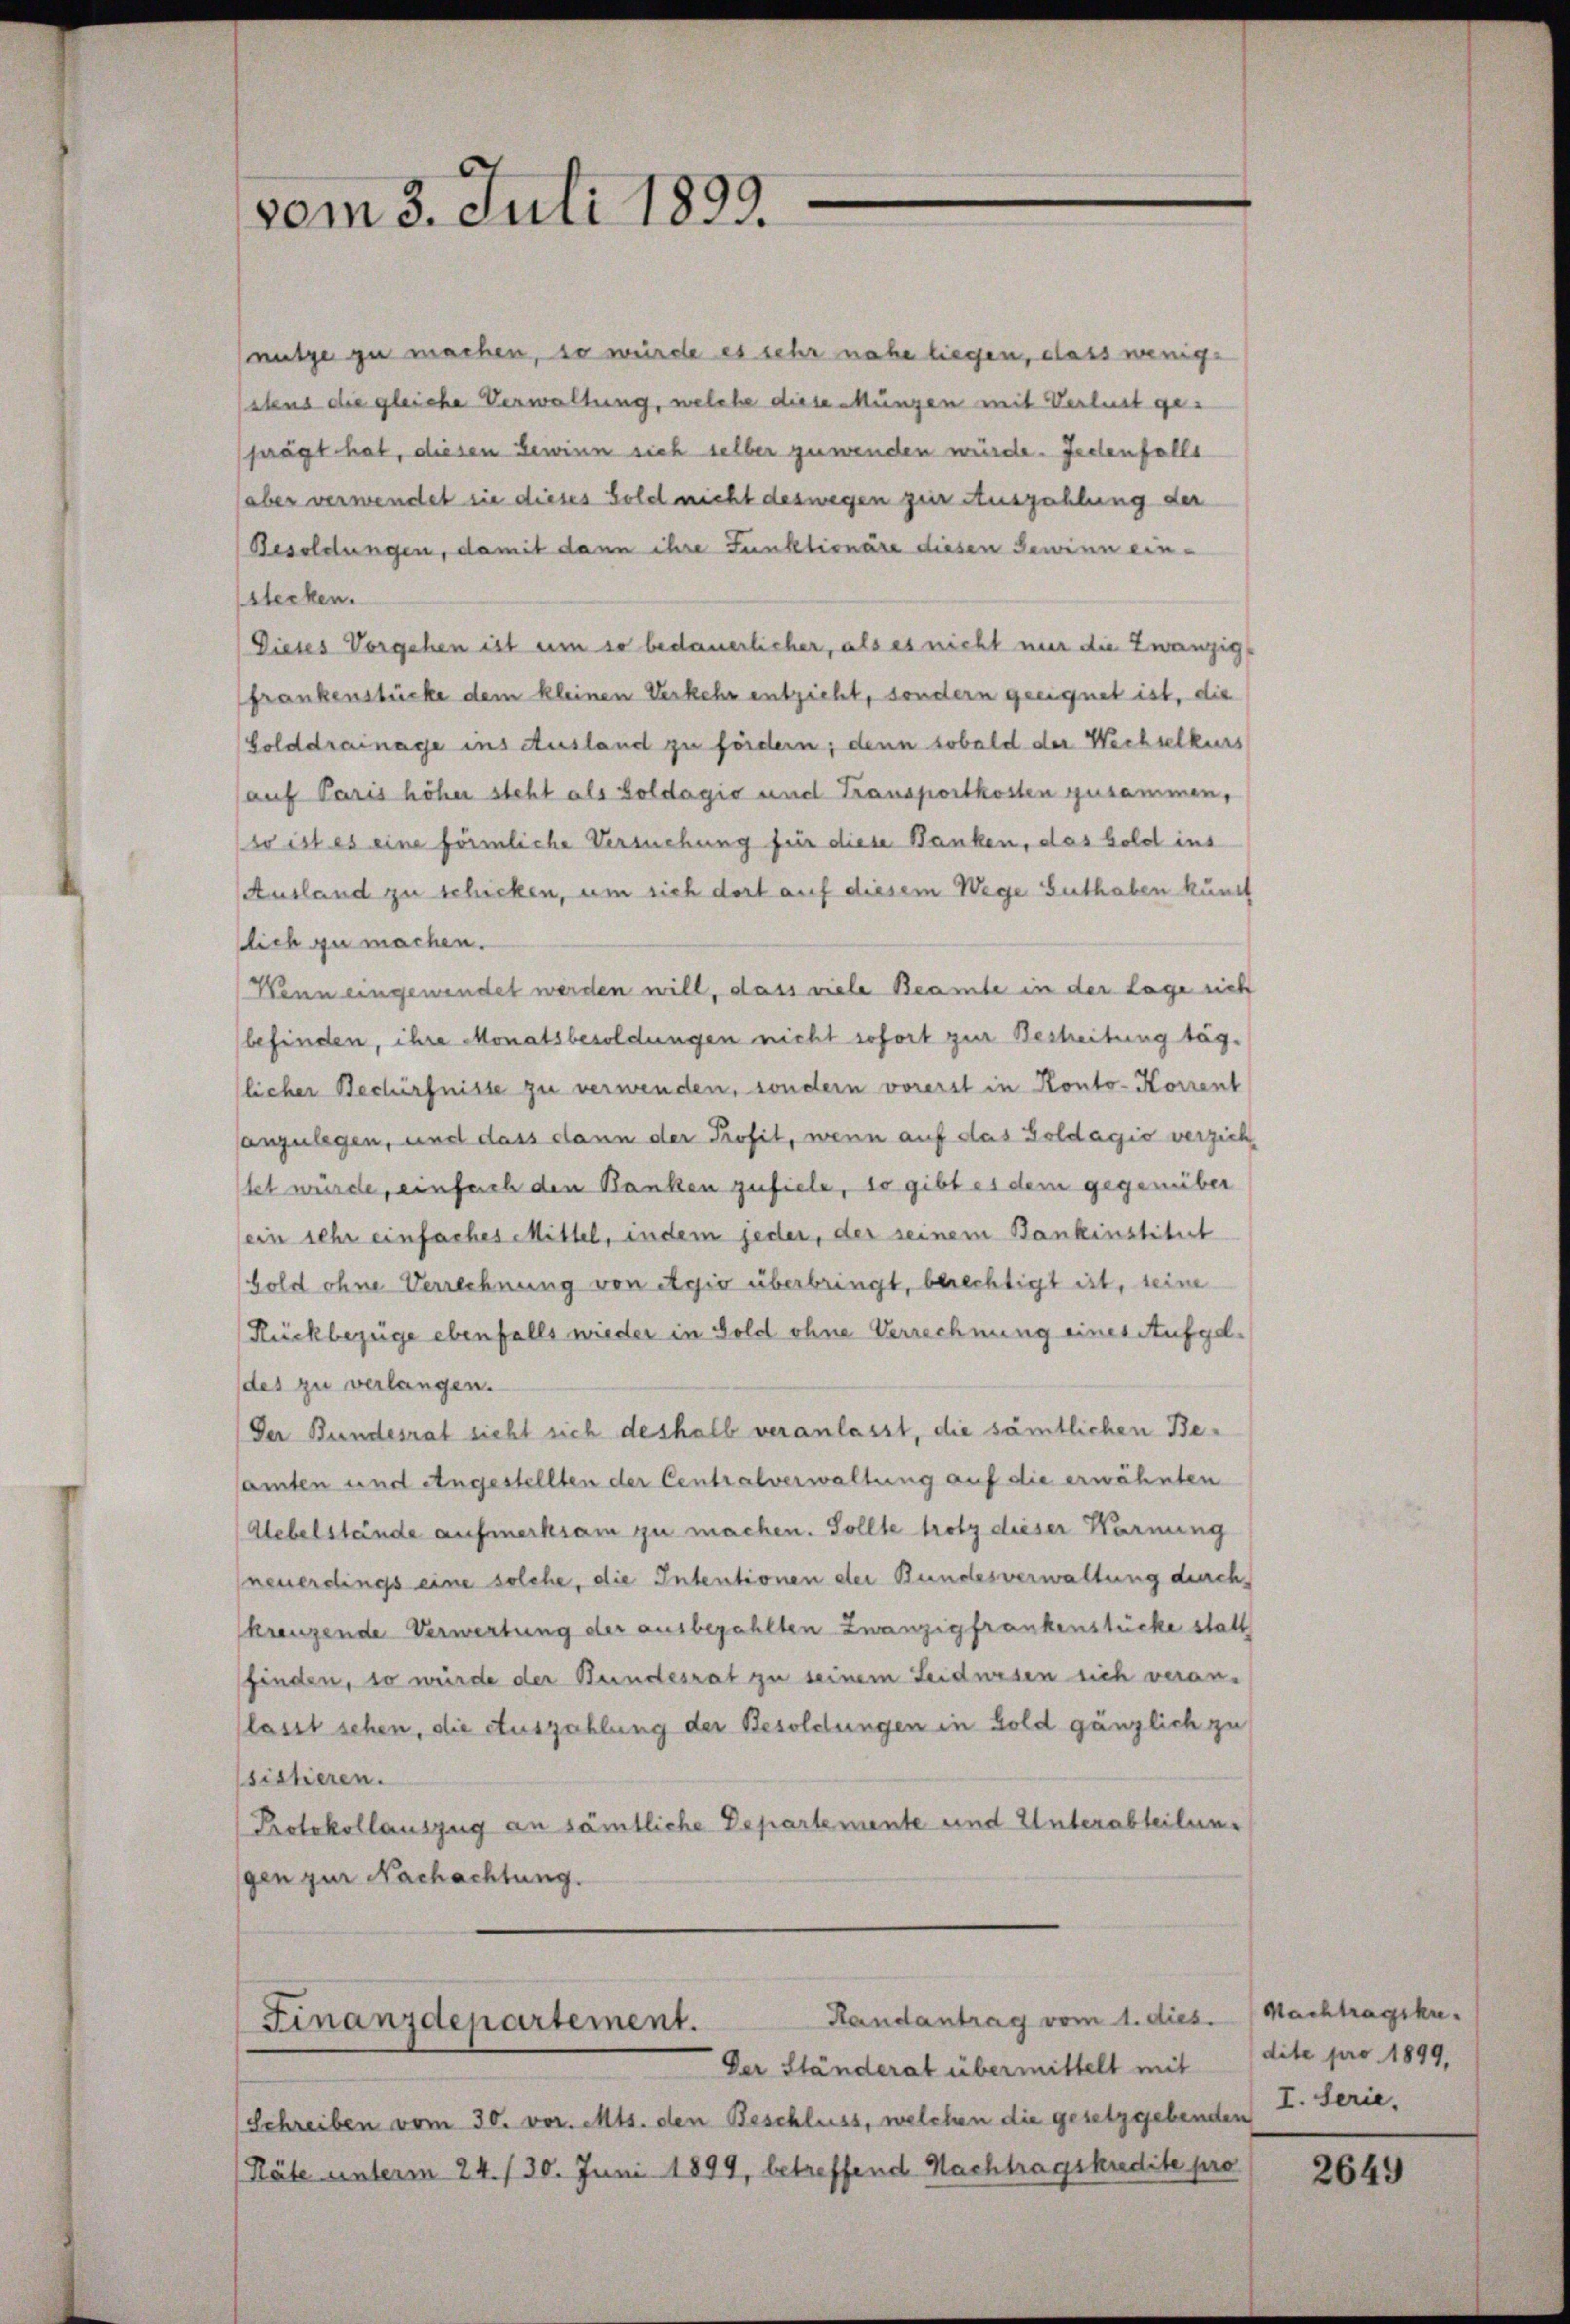
nütze zu machen, so würde es sehr nahe liegen, dass wenige
alens die gleiche Verwaltung, welche diese ungen mit Verlust geprägt hat, diesen Gewinn sich selber gewenden würde. Jedenfalls
(aber verwendet sie dieses Sold nicht deswegen zur Auszahlung der
Besoldungen, damit dann ihre Funktionäre diesen Gewinn ein-
stecken.
Dieses Vorgehen ist um so bedauerlicher, als es nicht nur die Zwanzig-
frankenstücke dem kleinen Verkehr entzieht, sondern geeignet ist, die
Golddrainage ins Ausland zu fördern; denn sobald der Wechselkurs
auf Paris höher steht als Goldagić und Transportkosten zusammen,
(so ist es eine förmliche Versuchung für diese Banken, das Gold ins
Ausland zu schicken, um sich dort auf diesem Wege Guthaben kund
lich zu machen.
Wenn eingewendet werden will, dass viele Beamte in der Lage sich
befinden, ihre Monatsbesoldungen nicht sofort zur Besheitung täglicher Bechürfnisse zu verwenden, sondern vorerst in Konto- Korrent
anzulegen, und dass dann der Profit, wenn auf das Goldagio verzichtet würde, einfach den Banken zufiele, so gibt es dem gegenüber
ein sehr einfaches Mittel, indem jeder, der seinem Bankinstitut
Gold ohne Verrechnung von Agio überbringt, berechtigt ist, seine
Rückbezüge ebenfalls wieder in Sold ohne Verrechnung eines Aufge-
des zu verlangen.
Der Bundesrat sicht sich deshalb veranlasst, die sämtlichen Beamten und Angestellten der Centralverwaltung auf die erwähnten
Uebelstände aufmerksam zu machen. Sollte trotz dieser Karnung
neuerdings eine solche, die Intentionen der Bundesverwaltung durch
kreuzende Verwertung der ausbezahlten Zwanzigfrankenstücke statt
finden, so wurde der Bundesrat zu seinem Leidwesen sich veran-
lasst sehen, die Auszahlung der Besoldungen in Gold gänzlich zu
sistieren.
Protokollauszug an sämtliche Departemente und Unterabteilung
gen zur Nachachtung.

vom 3. Juli 1899.

Handantrag vom 1. dies.
Finanzdepartement.

Der Ständerat übermittelt mit
Schreiben vom 30. vor. Mts. den Beschluss, welchen die gesetzgebenden
Räte unterm 24. / 30. Juni 1899, betreffend Nachtragskudite pro

Nachtragike.
dite pro 1899,
I. Serie.

2649